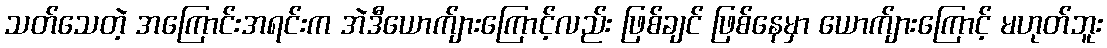
သတ်သေတဲ့ အကြောင်းအရင်းက အဲဒီယောက်ျားကြောင့်လည်း ဖြစ်ချင် ဖြစ်နေမှာ ယောက်ျားကြောင့် မဟုတ်ဘူး